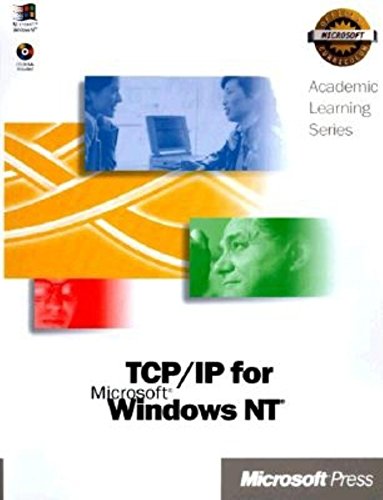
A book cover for Microsoft TCP/IP Training : Hands-On, Self-Paced Training for Internetworking Microsoft TCP/IP on Microsoft Windows NT 4.0 (Academic Learning); Microsoft Press; Computers & Technology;